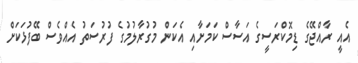
އެއީ ރާއްޖޭގެ ޑިމޮކްރަސީގެ އަސާސް ކަމަށާއި އެކަން މުގުރާލުމުގެ ފުރުސަތު އެއްވެސް ބޭފުޅަކަށް